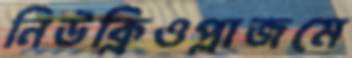
নিউক্লিওপ্লাজমে